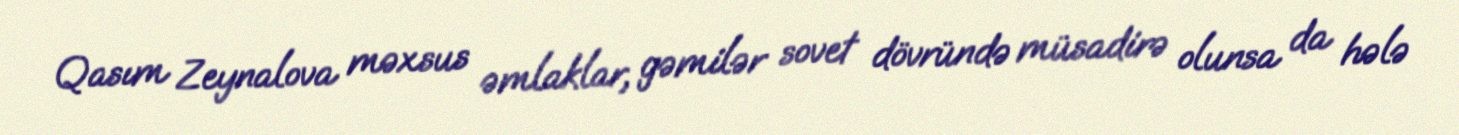
Qasım Zeynalova məxsus əmlaklar, gəmilər sovet dövründə müsadirə olunsa da hələ